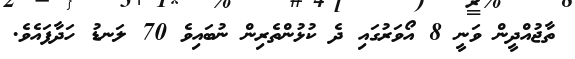
ތާޖުއްދީން ވަނީ 8 އޯވަރުގައި ދެ ކުޅުންތެރިން ނުބައިވެ 70 ލަނޑު ހަދާފައެވެ.